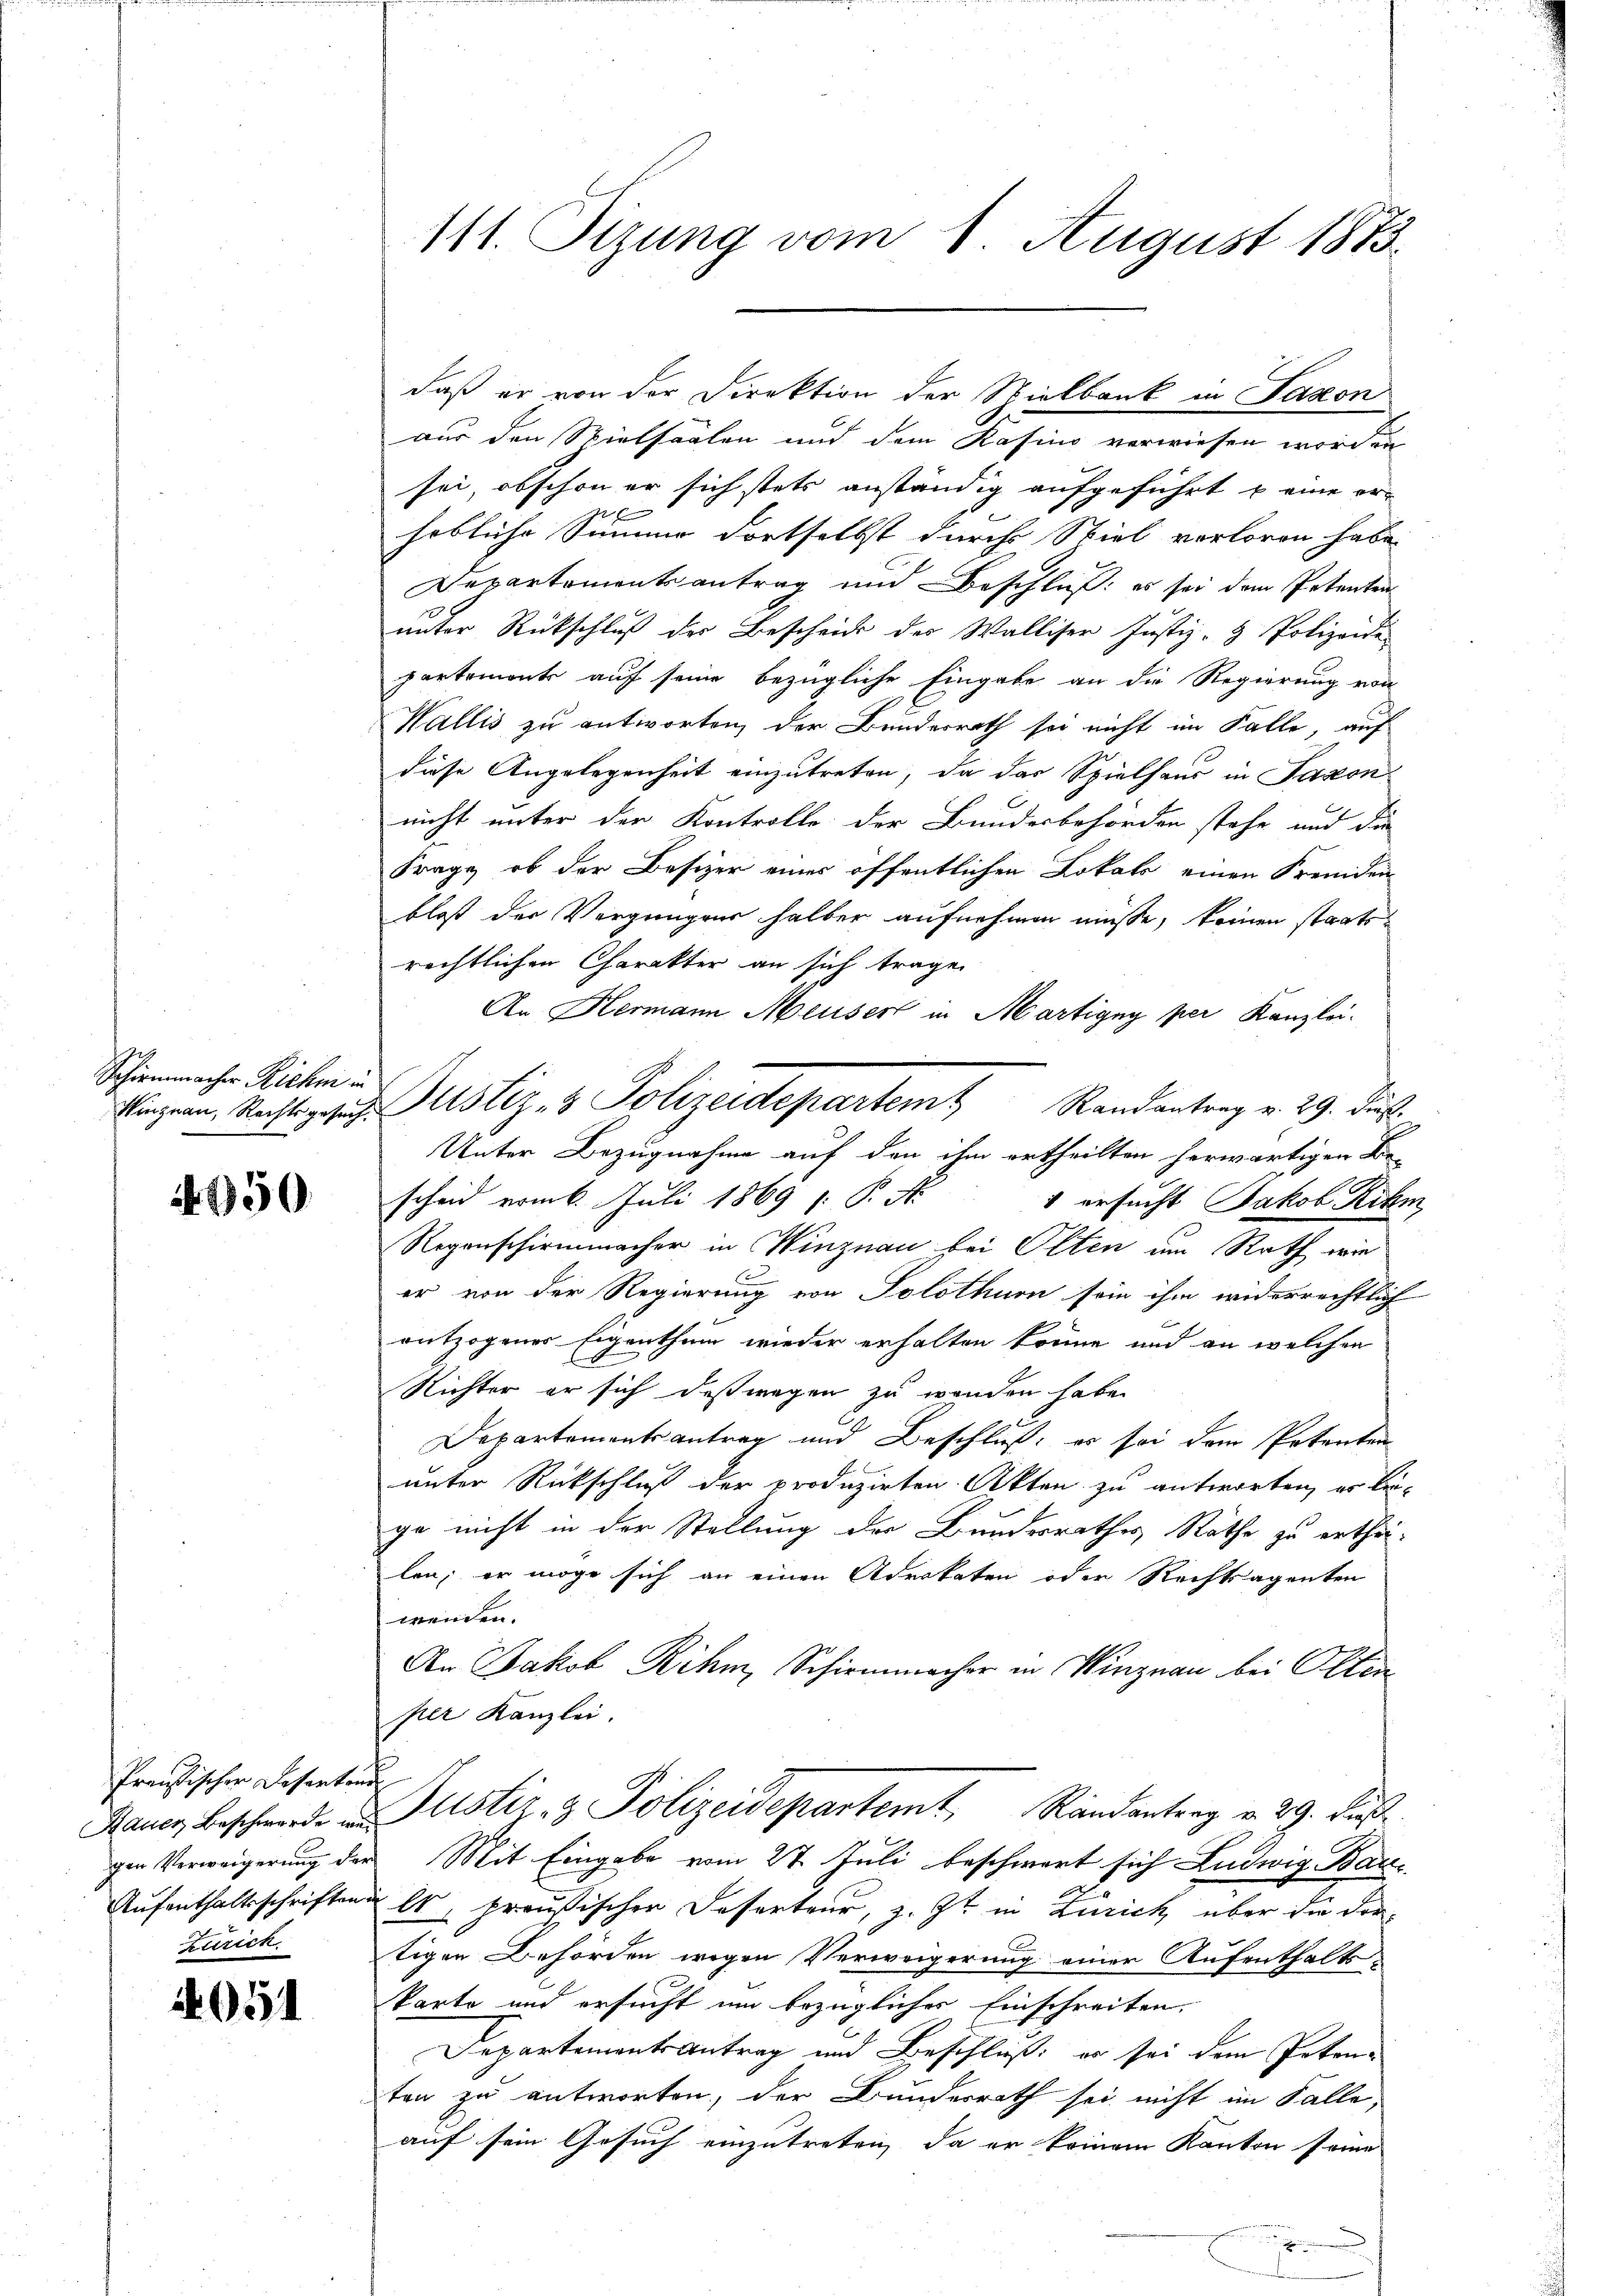
Schirmmacher Richt in

4950

Preußischer Desentend.
Zürich

4051

111. Sizung vom 1. August 1873

daß er von der Direktion der Spielbank in Saxon
aus den Spielsaalen und dem Kasino verwiesen worden
sei, obschon er sich stets anständig aufgeführt u eine erd. d.
höbliche Simme dortselbst durch Spiel vorloren habe.
Departementsantrag und Beschluß: es sei dem Petenten
unter Rückschluß der Bescheid des Walliser Justiz- & Polizeide
partemonts auf seine bezügliche Eingabe an die Regierung von
Wallis zu antworten, der Bundesrath sei nicht im Falle, auf
diese Angelegenheit einzutreten, da das Spielhaus in Saxon
nicht unter den Kontrolle der Bundesbehörden stehe und die
Frage, ob der Besizer einer öffentlichen Lokals einen Fremden
bloß der Vergnügen halber aufnehmen müsse, keinen staatsrechtlichen Charakter an sich tragen
An Hermann Meuser in Martigny per Kanzlei.
Unter Bezugnahme auf den ihm ertheilten herwärtigen Be-
scheid vom 6. Juli 1869 /: P. Nr.
" ersucht Jakob Rihm,
Regenschirmmacher in Winznau bei Olten um Rath wie
f
er von der Regierung von Solothurn sein ihm widerrechtlich
entzogener Eigenthum wieder erhalten könne und an welchen
Richter er sich deßwegen zu werden habe.
Departementsantrag und Beschluß, es sei dem Petenten
unter Rückschluß der produzirten Akten zu antworten, er bege nicht in der Stellung der Bundesrathes Räthe zu erthei-
len; er möge sich an einen Advokaten oder Rechtsagenten
wenden.
An Jakob Rihm, Schirmmacher in Winznau bei Olten
per Kanzlei.
Bauer Beschwerde und Justiz- & Polizeidepartem Randantrag v. 29. Fuß
gen Verweigerung der Mit Eingabe vom 27. Juli beschwert sich Ludwig Bar
Aufenthaltsschriften es, preußischer Faserteur, z. Zt. in Zürich über die dortigen Behörden wegen Verweigerung einer Aufenthalt
karte und ersucht um bezügliches Einschreiten,
Departementsantrag und Beschluß: es sei dem Petenten zu antworten, der Bundesrath sei nicht im Falle,
auf sein Gesuch einzutreten, da er keinem Kanton seine

Viznan. Rechtsgeses Justiz- & Polizeidepartem Randantrag v. 29. Fuß.